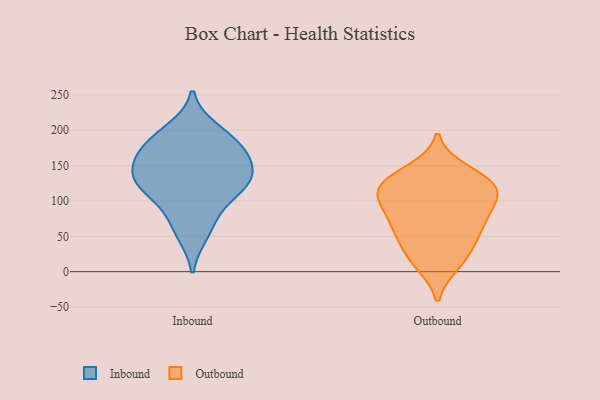
{"axis": {"x": "Active Users", "y": "Value"}, "legend": ["Inbound", "Outbound"], "data": [{"x": "", "y": 54, "type": "Inbound"}, {"x": "", "y": 200, "type": "Inbound"}, {"x": "", "y": 188, "type": "Inbound"}, {"x": "", "y": 132, "type": "Inbound"}, {"x": "", "y": 136, "type": "Inbound"}, {"x": "", "y": 176, "type": "Inbound"}, {"x": "", "y": 112, "type": "Inbound"}, {"x": "", "y": 174, "type": "Inbound"}, {"x": "", "y": 153, "type": "Inbound"}, {"x": "", "y": 153, "type": "Inbound"}, {"x": "", "y": 73, "type": "Inbound"}, {"x": "", "y": 122, "type": "Inbound"}, {"x": "", "y": 115, "type": "Inbound"}, {"x": "", "y": 42, "type": "Outbound"}, {"x": "", "y": 36, "type": "Outbound"}, {"x": "", "y": 143, "type": "Outbound"}, {"x": "", "y": 107, "type": "Outbound"}, {"x": "", "y": 13, "type": "Outbound"}, {"x": "", "y": 111, "type": "Outbound"}, {"x": "", "y": 81, "type": "Outbound"}, {"x": "", "y": 133, "type": "Outbound"}, {"x": "", "y": 63, "type": "Outbound"}, {"x": "", "y": 11, "type": "Outbound"}, {"x": "", "y": 105, "type": "Outbound"}, {"x": "", "y": 72, "type": "Outbound"}, {"x": "", "y": 69, "type": "Outbound"}, {"x": "", "y": 122, "type": "Outbound"}, {"x": "", "y": 127, "type": "Outbound"}, {"x": "", "y": 114, "type": "Outbound"}]}